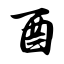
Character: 酉